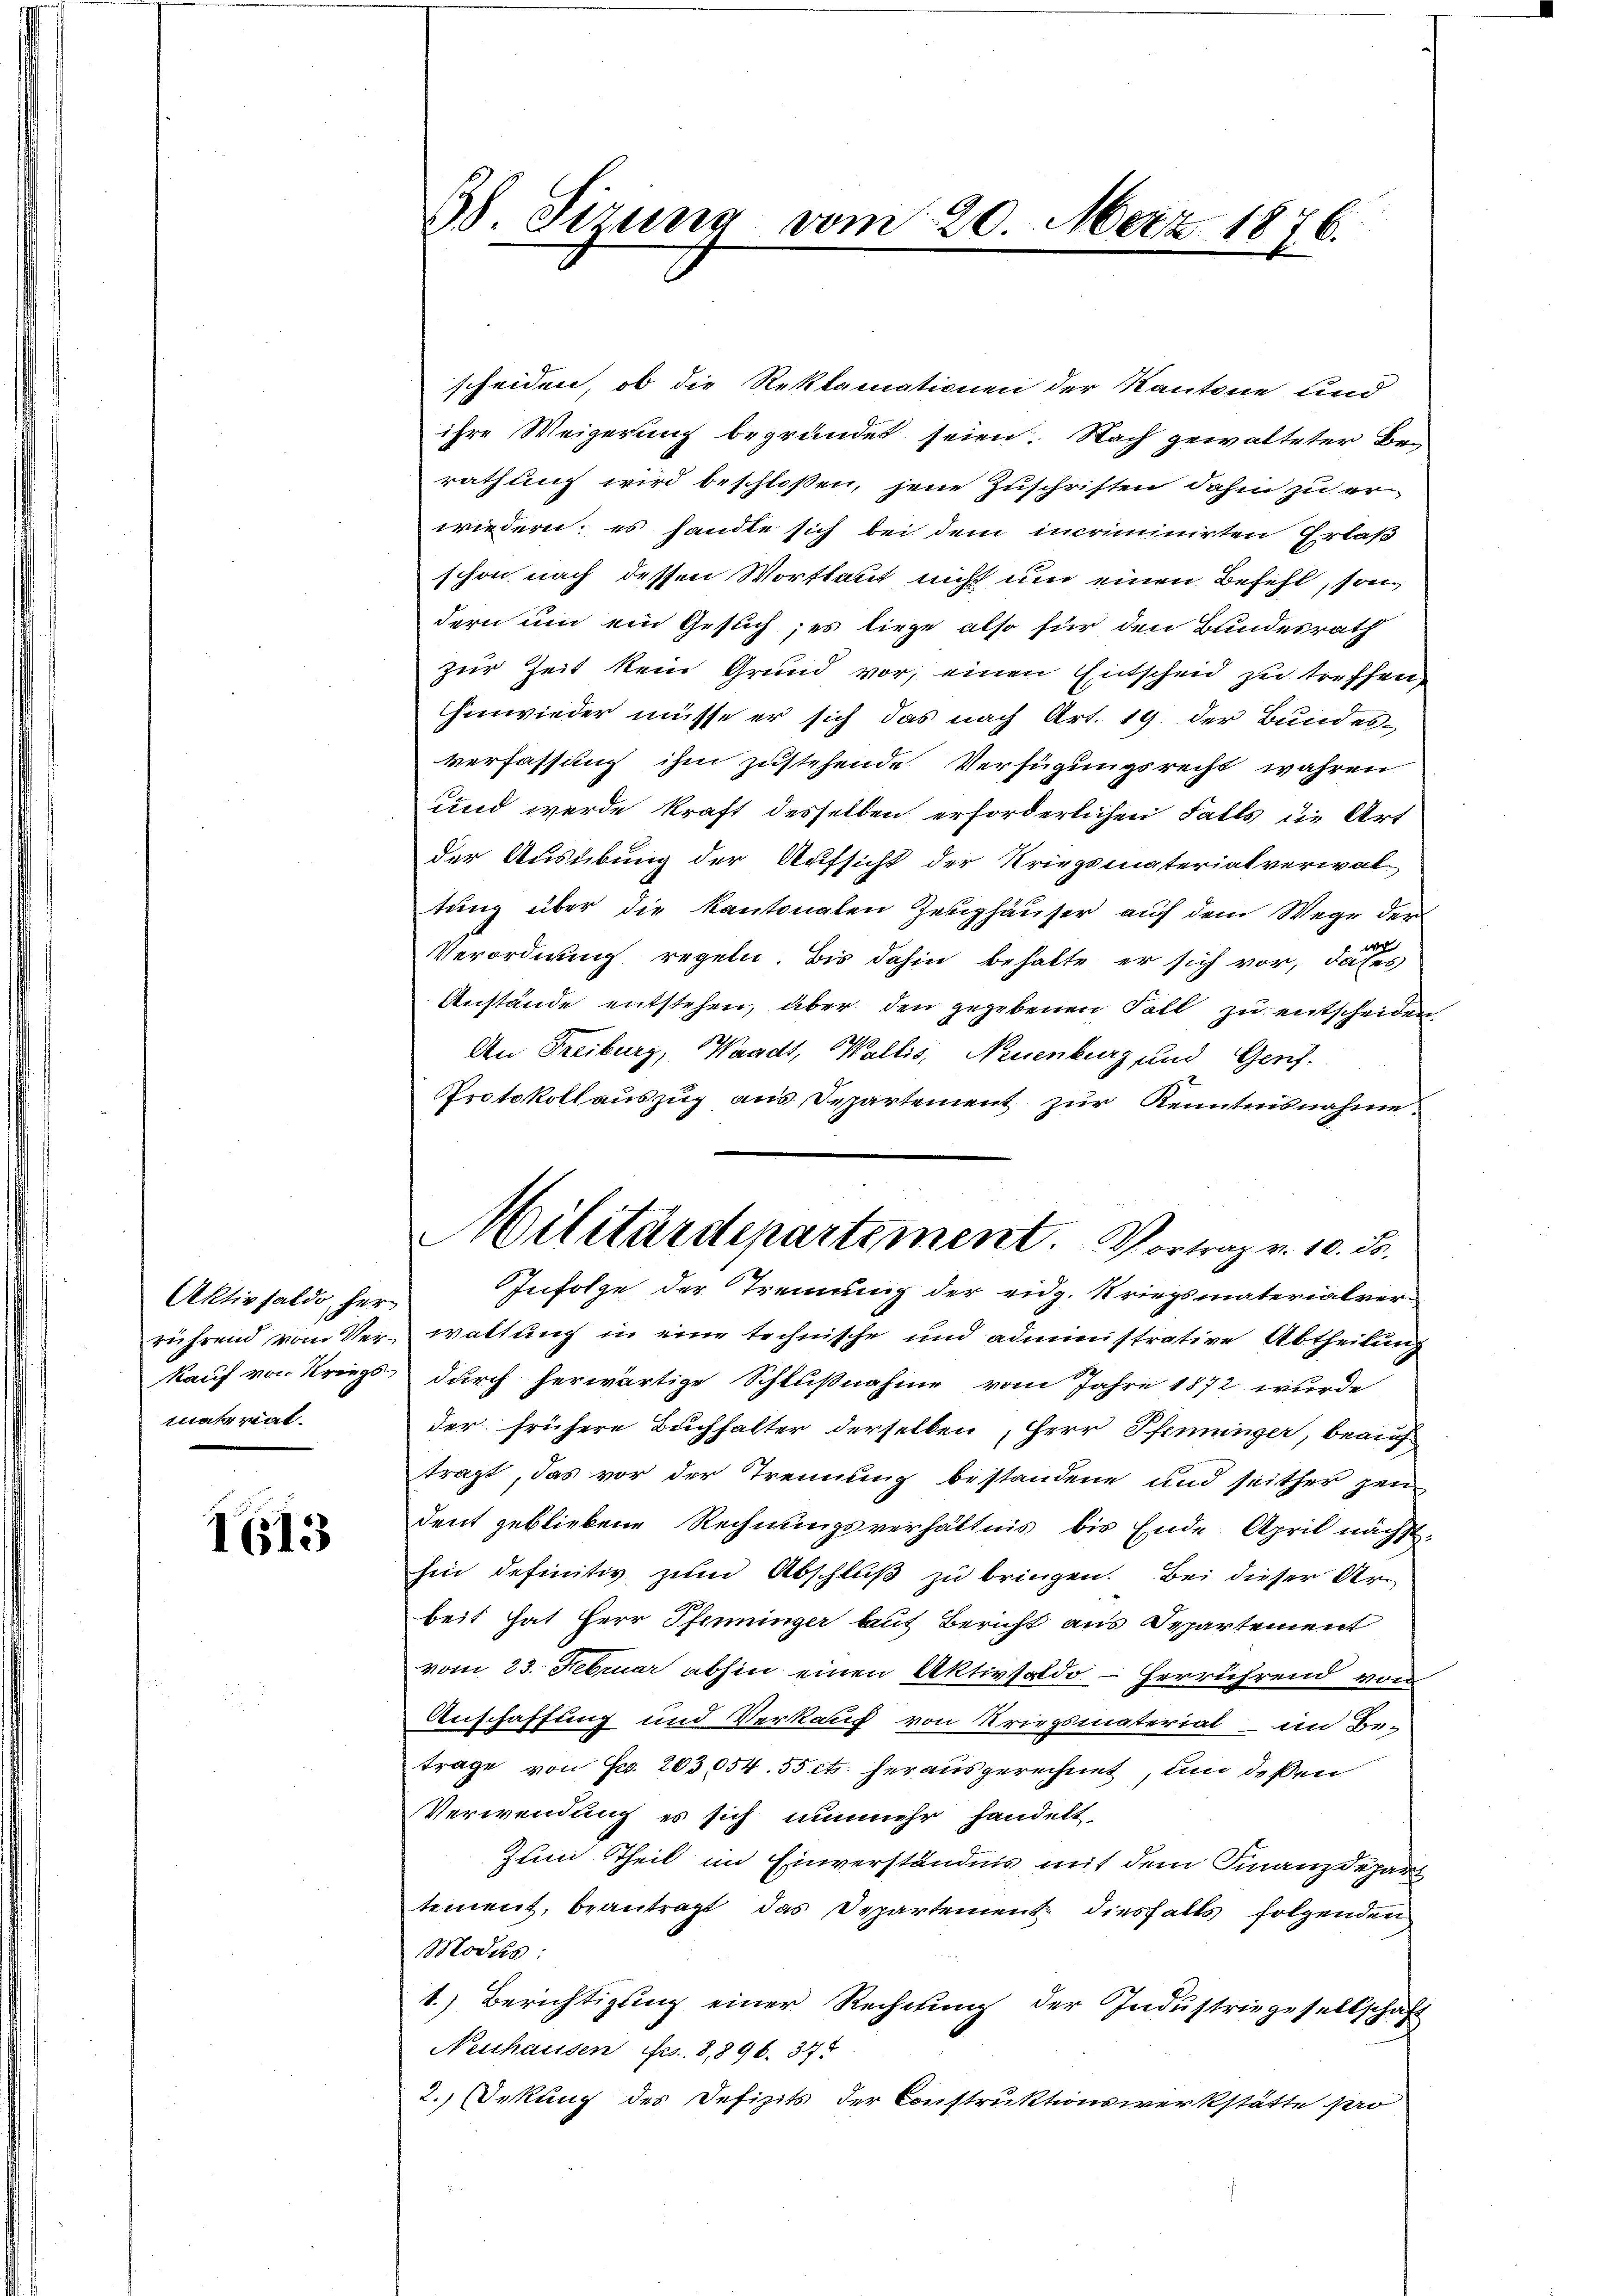
Aktivsaldo, her
rührend vom Ver¬
Kauf von Kriegsmatral¬

1613

Bb. Sizung vom 20. März 1876.

scheiden, ob die Reklamationen der Kantone und
ihre Weigerung begründet seien. Nach gewalteter Berathung wird beschloßen, jene Zuschriften dahin zu er
wiedern; es handte sich bei dem incriminirten Erlaß
schon nach dessen Wortlaut nicht und einen Befehl, sondern um ein Gesuch; es liege also für den Bundesrath
zur Zeit kein Grund vor, einen Entscheid zu treffen,
hinwieder müsse er sich das nach Art. 19. der Bundes-
verfassung ihm zustehende Verfügungsrecht wahren
und wurde kraft desselben erforderlichen Falls die Art
der Ausübung der Aufsicht der Kriegsmaterialverwal-
tung über die Kantonalen Zeughäuser auf dem Wege der
Verordnung regeln, bis dahin behalte er sich vor, dass
Anstände entstehen, über den gegebenen Fall zu entscheiden
An Freiburg, Waadt, Wallis, Neuenburg und Genf.
Protokoll auszug aus Departement zur Kenntnisnahme.
Infolge der Tremung der eidg. Kriegsmaterialverwaltung in eine technische und administrative Abtheilung
durch herwärtige Schlußnahme vom Jahre 1872 wurde
der frühere Buchhalter derselben, Herr Pfenninger, beauf
tragt, das vor der Trennung bestandene und seither zen
dent gebliebene Rechnungsverhältnis bis Ende April nächsthin definitiv zum Abschluß zu bringen. Bei dieser Arbeit hat Herr Pfenninger laut Bericht aus Departement
vom 23. Februar abhin einen Aktivsaldo – herrührend von
Anschaffung und Verkauf von Kriegsmaterial - im Be-
trage von Fr. 203,054. 55 cts. herausgerechnet, und deßen
Verwendung es sich nunmehr handelt.
Zum Theil im Einverständnis mit dem Finanzdepar
tement, beantragt, das Departement diesfalls folgenden
Modus:
1.) Berichtigung einer Rechnung der Industriegesellschaft
Neuhausen frs. 8,896. 37.
2. Deckung des Defizits der Construktionswerkstätte pro

Militärdepartement. Vortrag v. 10. Fr.